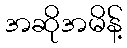
အဆိုအမိန့်